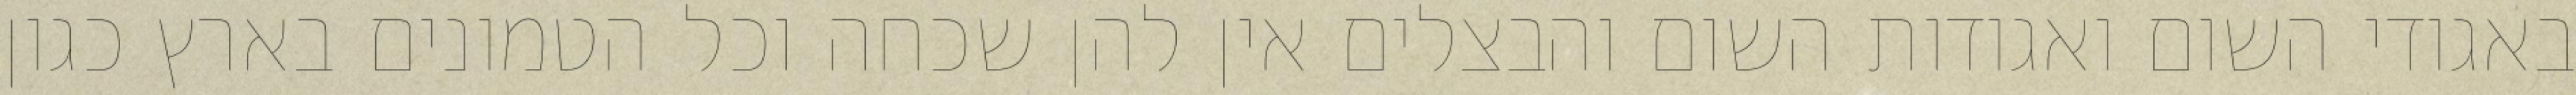
באגודי השום ואגודות השום והבצלים אין להן שכחה וכל הטמונים בארץ כגון